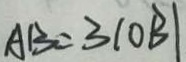
A B = 3 \vert O B \vert